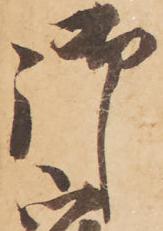
御